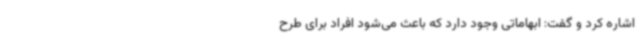
اشاره کرد و گفت: ابهاماتی وجود دارد که باعث می‌شود افراد برای طرح